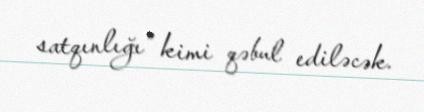
satqınlığı” kimi qəbul ediləcək.